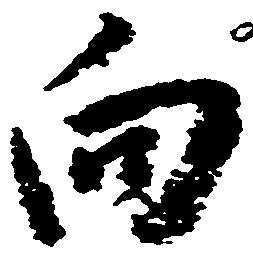
向